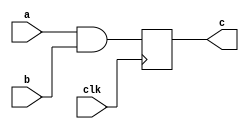
module S(clk,a,b,c);
 input clk, a,b;
 output reg c;

 always@(posedge clk)  c <= a & b;
endmodule


module M(clk, a,b,c);
 input clk,a,b;
 wire d;
 wire e, f;
 output c;
 
 S s1(clk,e,b,d);
 S s2(clk,f,d,c);
 
    assign e = a ^ b;
    assign f = a | b; 
 

endmodule

module hierarchy_seq(clk, a, b, c);
 input clk,a,b;
 wire d;
 output c;

 M m1(clk,a,b,d);
 M m2(clk,a,d,c);

endmodule